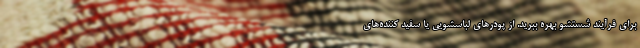
برای فرآیند شستشو بهره ببرید. از پودر‌های لباسشویی یا سفید کننده‌های